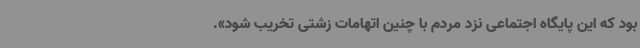
بود که این پایگاه اجتماعی نزد مردم با چنین اتهامات زشتی تخریب شود».